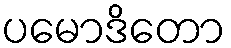
ပမောဒိတော